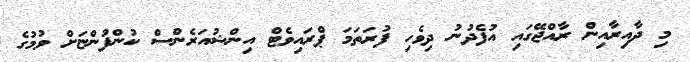
މި ދާއިރާއިން ރާއްޖޭގައި އުފެދުނު ދިވެހި ފުރަތަމަ ޕްރައިވެޓް އިންޝުއަރެންސް ކުންފުންޏަށް ވުމުގެ